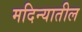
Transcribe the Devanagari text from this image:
मदिन्यातील